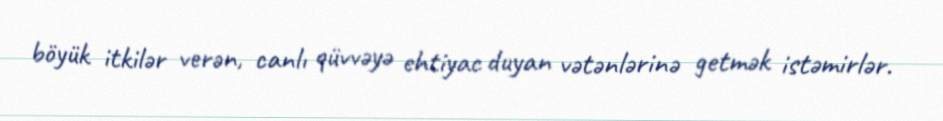
böyük itkilər verən, canlı qüvvəyə ehtiyac duyan vətənlərinə getmək istəmirlər.